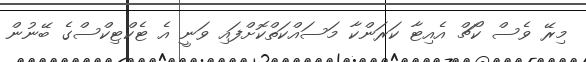
މިރޭ ވެސް ކޯޗް އެއިޓާ ކަރަންކާ މަސައްކަތްކޮށްފައި ވަނީ އެ ޓެކްޓިކްސްގެ ބޭނުން